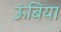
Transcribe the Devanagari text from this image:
ऊंबिया